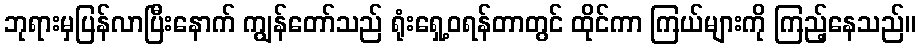
ဘုရားမှပြန်လာပြီးနောက် ကျွန်တော်သည် ရုံးရှေ့ဝရန်တာတွင် ထိုင်ကာ ကြယ်များကို ကြည့်နေသည်။